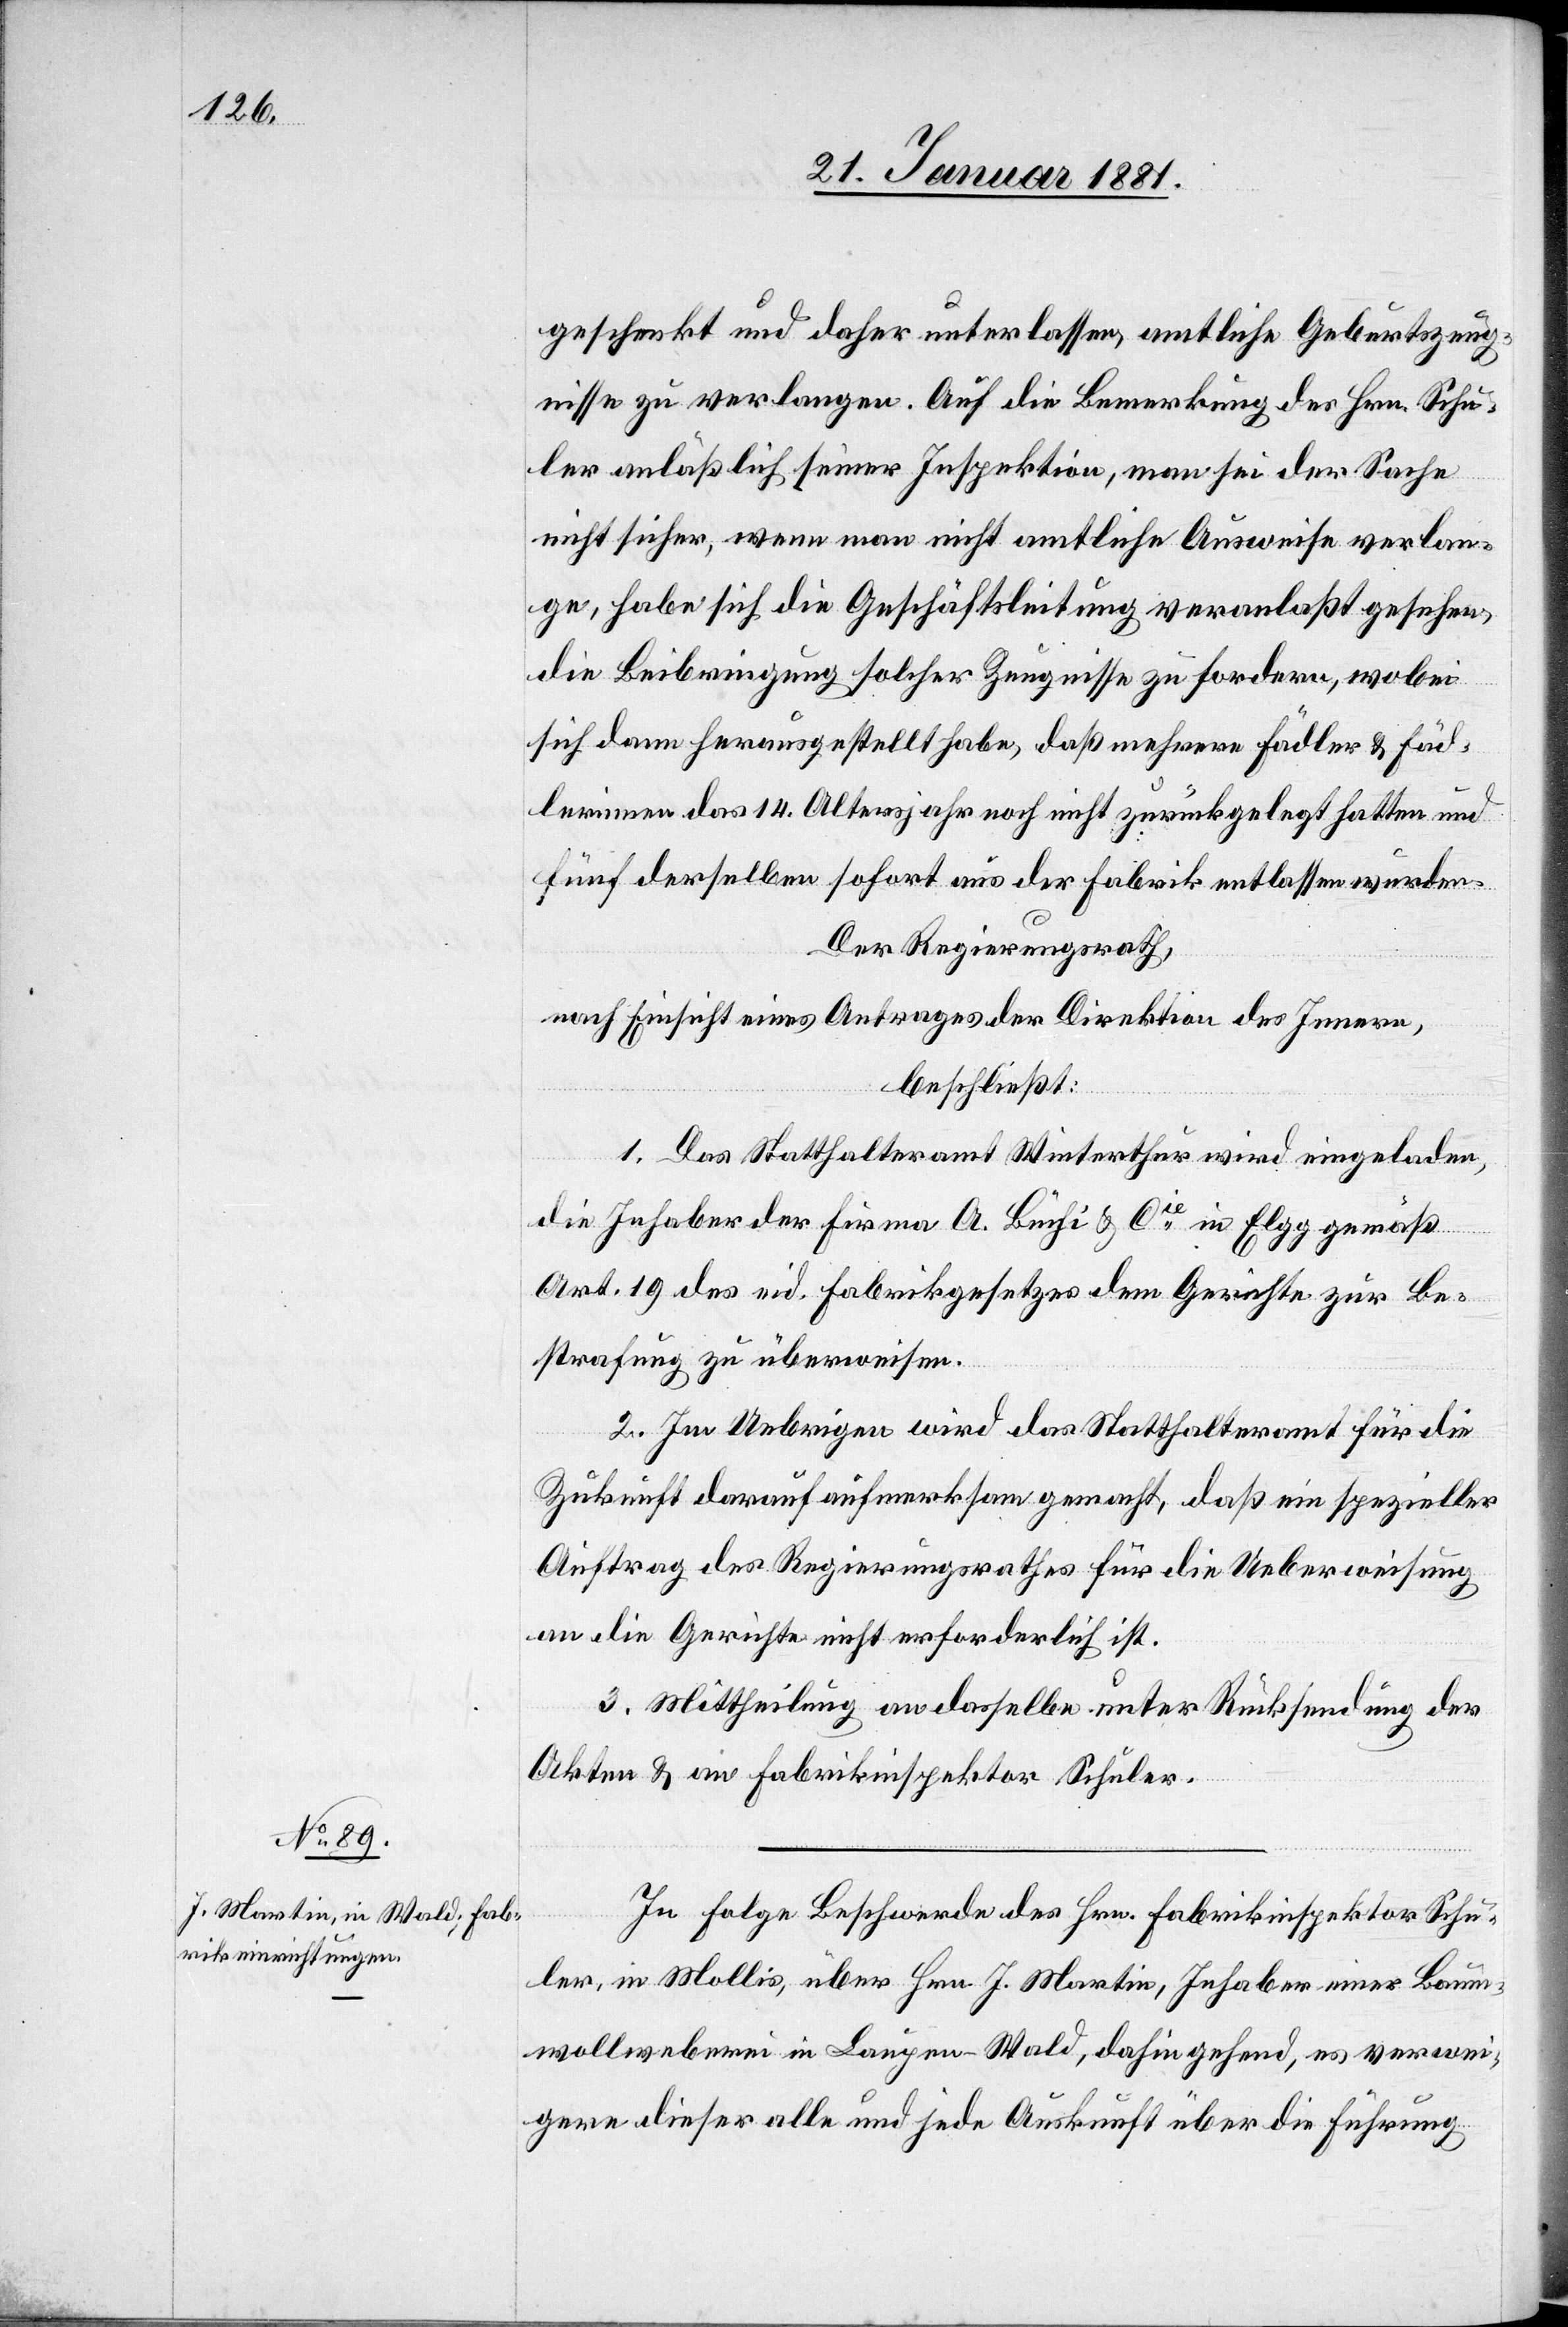
geschenkt und daher unterlassen, amtliche Geburtszeug¬
nisse zu verlangen. Auf die Bemerkung des Hrn. Schu¬
ler anläßlich seiner Inspektion, man sei der Sache
nicht sicher, wenn man nicht amtliche Ausweise verlan¬
ge, habe sich die Geschäftsleitung veranlaßt gesehen,
die Beibringung solcher Zeugnisse zu fordern, wobei
sich dann herausgestellt habe, daß mehrere Fädler & Fäd¬
lerinnen das 14. Altersjahr noch nicht zurückgelegt hatten und
fünf derselben sofort aus der Fabrik entlassen wurden.
Der Regierungsrath,
nach Einsicht eines Antrages der Direktion des Innern,
beschließt:
1. Das Statthalteramt Winterthur wird eingeladen,
die Inhaber der Firma A. Büchi & Cie in Elgg gemäß
Art. 19 des eid. Fabrikgesetzes dem Gerichte zur Be¬
strafung zu überweisen.
2. Im Uebrigen wird das Statthalteramt für die
Zukunft darauf aufmerksam gemacht, daß ein spezieller
Auftrag des Regierungsrathes für die Ueberweisung
an die Gerichte nicht erforderlich ist.
3. Mittheilung an dasselbe unter Rücksendung der
Akten & an Fabrikinspektor Schuler.
In Folge Beschwerde des Hrn. Fabrikinspektor Schu¬
ler, in Mollis, über Hrn. J. Martin, Inhaber einer Baum¬
wollweberei in Langen - Wald, dahingehend, es verwei¬
gere dieser alle und jede Auskunft über die Führung